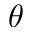
\theta